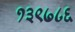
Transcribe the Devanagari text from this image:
१३९७८६